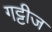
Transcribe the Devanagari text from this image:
गट्टीज